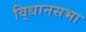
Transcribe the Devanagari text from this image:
वि्धानसभा